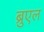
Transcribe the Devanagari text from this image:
ब्रुएल